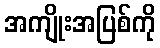
အကျိုးအပြစ်ကို